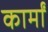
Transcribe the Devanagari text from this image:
कार्मों